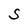
Character: S